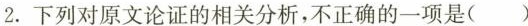
2.下列对原文论证的相关分析，不正确的一项是( )